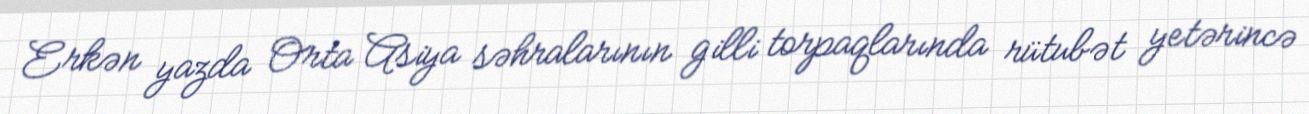
Erkən yazda Orta Asiya səhralarının gilli torpaqlarında rütubət yetərincə